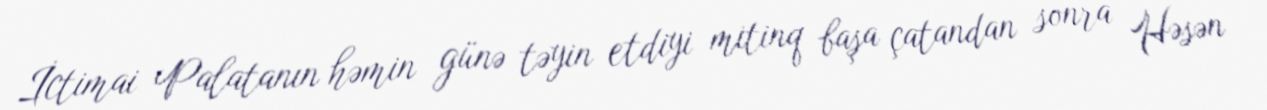
İctimai Palatanın həmin günə təyin etdiyi mitinq başa çatandan sonra Həsən